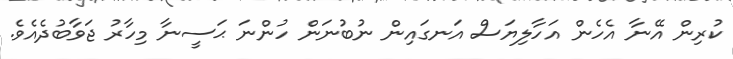
ކުރިން އޭނާ އެހެން އަހާލިޔަސް އަނގައިން ނުބުނަން ހުންނަ ޙަސީނާ މިހާރު ޖަވާބުދެއެވެ.